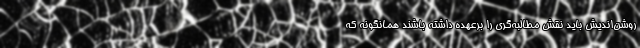
روشن‌اندیش باید نقش مطالبه‌گری را برعهده داشته باشند همانگونه که